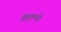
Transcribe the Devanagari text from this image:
हिंदूमध्यें